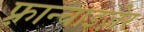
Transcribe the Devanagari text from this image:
फ़्रान्चाइज़ेर